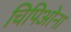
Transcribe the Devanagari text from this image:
चिपिओना